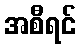
အစီရင်